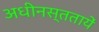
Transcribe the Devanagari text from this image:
अधीनस्ततायें